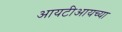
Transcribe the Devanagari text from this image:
आयटीआयच्या